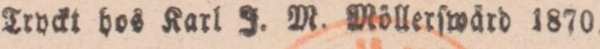
Tryckt hos Karl J. M. Möllerſwård 1870.